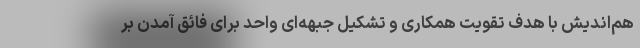
هم‌اندیش با هدف تقویت همکاری و تشکیل جبهه‌ای واحد برای فائق آمدن بر